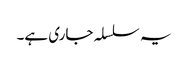
یہ سلسلہ جاری ہے۔